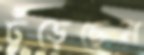
ঢুঁড়েছেন